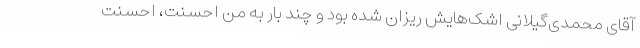
آقای محمدی‌گیلانی اشک‌هایش ریزان شده بود و چند بار به من احسنت، احسنت